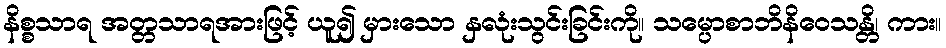
နိစ္စသာရ အတ္တသာရအားဖြင့် ယူ၍ မှားသော နှလုံးသွင်းခြင်းကို။ သမ္ပောစာဘိနိဝေသန္တိ၊ ကား။